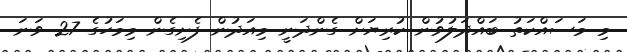
މި މަސައްކަތު ބައްދަލުވުން ކުރިޔަށް ގެންދަނީ މިއަދުން ފެށިގެން މިމަހުގެ 27 ވަނަ